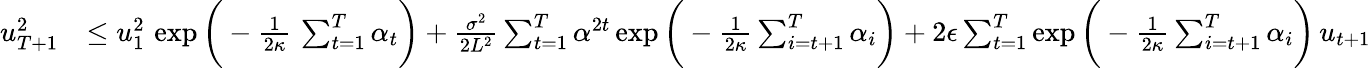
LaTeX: \begin{array}{rl}{u_{T+1}^{2}}&{\leq u_{1}^{2}\, \exp\bigg(-\frac{1}{2\kappa}\, \sum_{t=1}^{T}{\alpha_{t}}\bigg)+\frac{\sigma^{2}}{2L^{2}}\sum_{t=1}^{T}{\alpha^{2t}}\exp\bigg(-\frac{1}{2\kappa}\sum_{i=t+1}^{T}\alpha_{i}\bigg)+2\epsilon\sum_{t=1}^{T}\exp\bigg(-\frac{1}{2\kappa}\sum_{i=t+1}^{T}\alpha_{i}\bigg)\, u_{t+1}}\end{array}